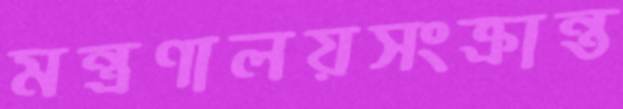
মন্ত্রণালয়সংক্রান্ত